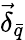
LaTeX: \vec{\delta}_{\bar{q}}